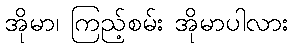
အိုမာ၊ ကြည့်စမ်း အိုမာပါလား